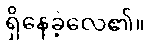
ရှိနေခဲ့လေ၏။